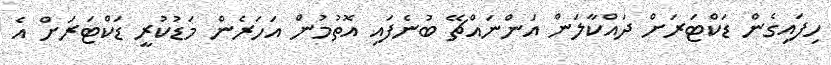
ހިފައިގެން ޑަކްޓަރަށް ދައްކާލަން އަންނައްޗޭ ބުނެފައި އޮތުމުން އަހަރެން މަޑުކުރީ ޑަކްޓަރަށް އެ